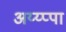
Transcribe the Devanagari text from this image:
अय्य्प्पा